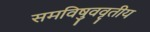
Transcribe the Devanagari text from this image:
समविषुववृतीय